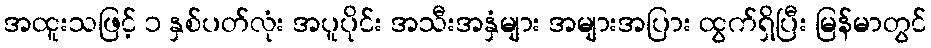
အထူးသဖြင့် ၁ နှစ်ပတ်လုံး အပူပိုင်း အသီးအနှံများ အများအပြား ထွက်ရှိပြီး မြန်မာတွင်